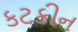
કટકીન